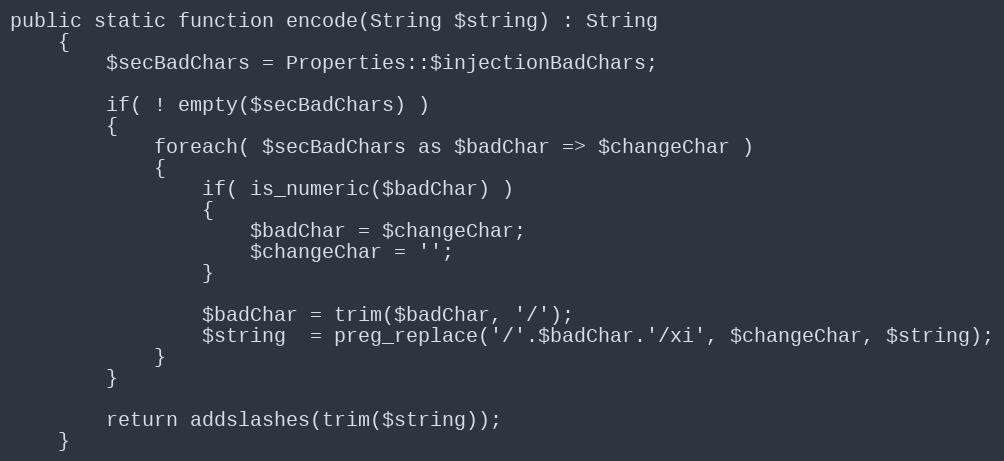
Language: PHP
public static function encode(String $string) : String
    {
        $secBadChars = Properties::$injectionBadChars;

        if( ! empty($secBadChars) )
        {
            foreach( $secBadChars as $badChar => $changeChar )
            {
                if( is_numeric($badChar) )
                {
                    $badChar = $changeChar;
                    $changeChar = '';
                }

                $badChar = trim($badChar, '/');
                $string  = preg_replace('/'.$badChar.'/xi', $changeChar, $string);
            }
        }

        return addslashes(trim($string));
    }